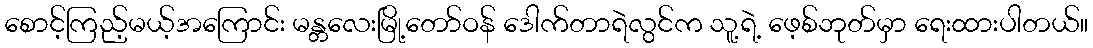
စောင့်ကြည့်မယ့်အကြောင်း မန္တလေးမြို့တော်ဝန် ဒေါက်တာရဲလွင်က သူ့ရဲ့ ဖေ့စ်ဘုတ်မှာ ရေးထားပါတယ်။